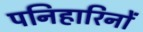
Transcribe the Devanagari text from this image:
पनिहारिनों